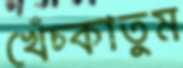
খেঁচ্‌কাতুম